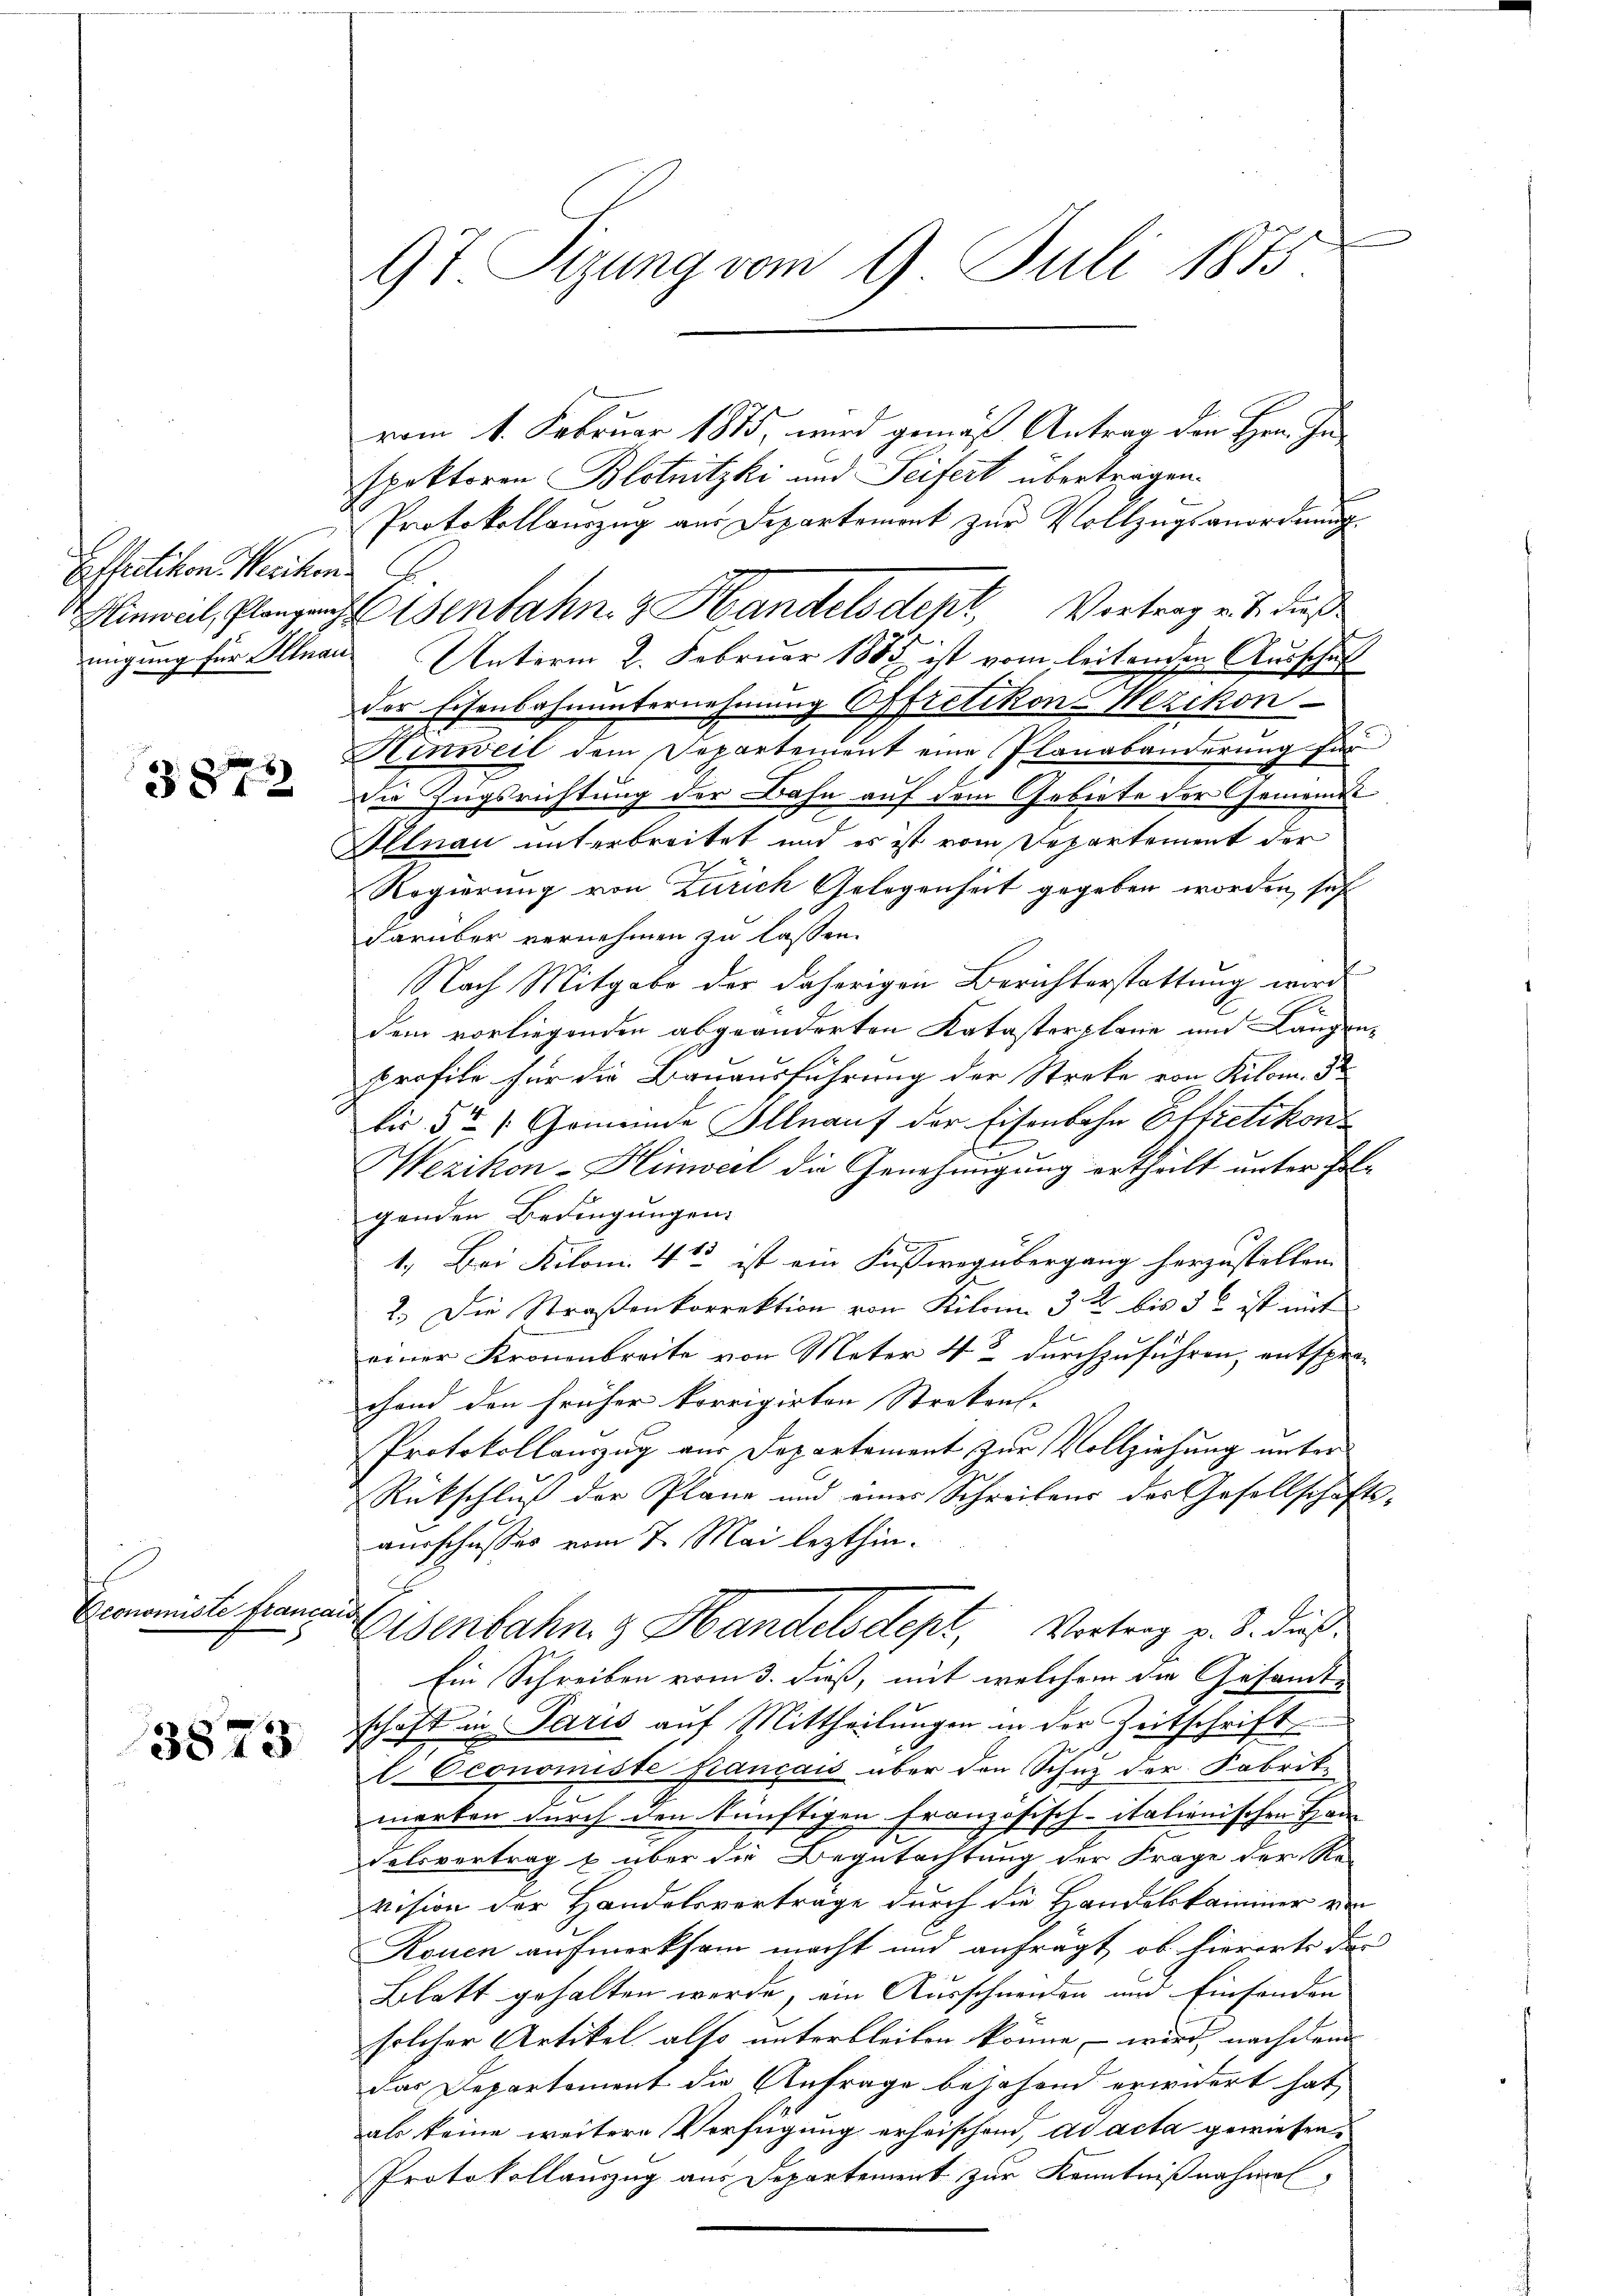
Effretikon, Wercken.

3872

conomiste Francand

3873

97 Sizung vom 9. Juli 1875

vom 1. Februar 1875, wird gemäß Antrag den Hrn. In
spektoren Blotnitzki und Seifert übertragen.
Protokollauszug aus Departemont zur Vollzugsanordnung
migung für Illnau Unterm 2. Februar 1888 ist vom leitenden Ausschul
Der Eisenbahnunternehmung Offretikon-Wezikon-
Hinweil dem Departement eine Planabänderung für
die Zugsrichtung der Bahn auf dem Gebiete der Gemeinde
Illnau unterbreitet und es ist vom Departement der
Regierung von Zürich Gelegenheit gegeben worden, seh
darüber vernehmen zu lassen.
Nach Mitgabe der daherigen Berichterstattung wird
dem vorliegenden abgeänderten Katasterplane und Längen-
profite für die Bauausführung der Streke von Kilom. 32
bis. 5t /: Gemeinde Illnauf der Eisenbahn Effretikon
l
Wezikon-Hinweil die Genehmigung ertheilt unter Folgenden Bedingungen.
1.) Bei Kilom. 413 ist ein Fussweg übergang herzustellen.
2.) Die Straßenkorrektion von Kilome 32 bis 3 ist mit
einer Kronenbreite von Meter 4t durchzuführen, entspro-
chand den früher korrigirten Streken- |
Protokollanzug aus Departament zur Vollziehung unter
Rückschluß der Plane und einer Schreibens des Gesellschafts-
ausschusses vom 7. Mai lezthin.
Eisenbahn 3 Handelsdept, Vortrag v. 3. dieß
Ein Schreiben vom 3. dieß, mit welchem die Gesamt-
schaft in Paris auf Mittheilungen in der Zeitschrift
l Economiste Français über den Schuz der Fabrik-
merken durch den künftigen Französisch-Italionischen Hau
Felsvertrag & über die Begutachtung der Frage der Re-
vision der Handelsverträge durch die Handelskammer von
Rouen aufmerksam macht und anfrägt, ob hierorts der
Blatt gehalten werde, ein Ausschnenden und Einsenden
solcher Artikel also unterbleiben könne, – wird nachdem |
das Departement die Anfrage bejahend erwidert hat,
als keine weitere Verfügung erheischend, ad acta gewiesen¬
Protokollauszug aus Departement zur Kenntnißnahmen

inweil, Glanzenbahn & Handelsdept, Vortrag v. J. dieß